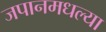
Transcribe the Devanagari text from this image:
जपानमधल्या